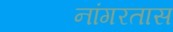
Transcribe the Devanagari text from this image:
नांगरतास